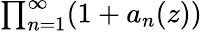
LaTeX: \textstyle{\prod_{n=1}^{\infty}(1+a_{n}(z))}